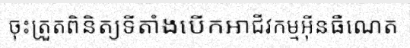
ចុះត្រួតពិនិត្យទីតាំងបើកអាជីវកម្មអ៊ីនធឺណេត